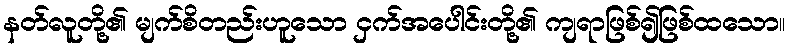
နတ်လူတို့၏ မျက်စိတည်းဟူသော ငှက်အပေါင်းတို့၏ ကျရာဖြစ်၍ဖြစ်ထသော။